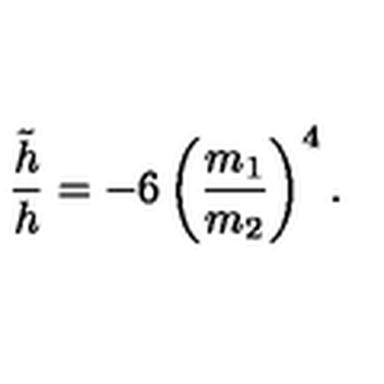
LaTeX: \frac { \tilde { h } } { h } = - 6 \left( \frac { m _ { 1 } } { m _ { 2 } } \right) ^ { 4 } .